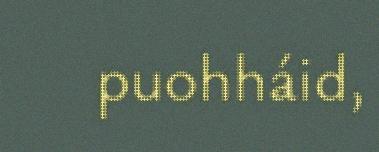
puohháid,